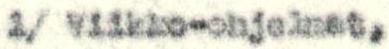
1/ Viikko-ohjelmat,